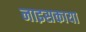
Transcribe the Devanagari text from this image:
नाइसकाया